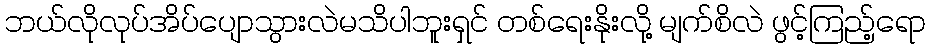
ဘယ်လိုလုပ်အိပ်ပျောသွားလဲမသိပါဘူးရှင် တစ်ရေးနိုးလို့ မျက်စိလဲ ဖွင့်ကြည့်ရော